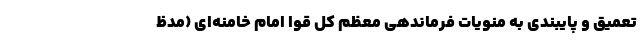
تعمیق و پایبندی به منویات فرماندهی معظم کل قوا امام خامنه­ای (مدظ